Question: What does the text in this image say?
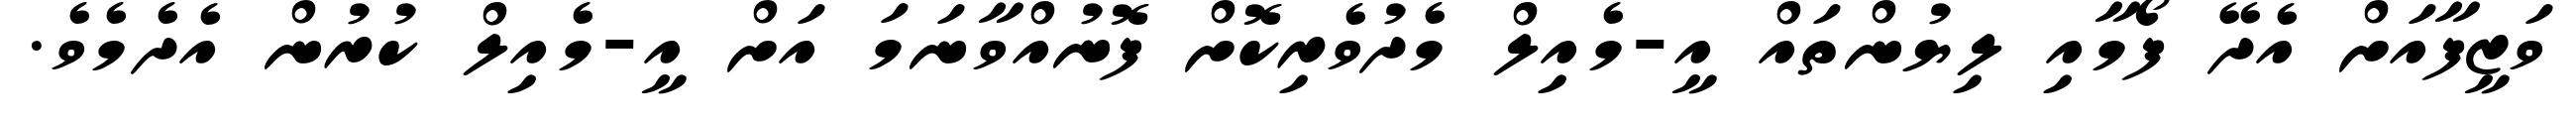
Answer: ވަޒީފާއަށް އެދޭ ފޯމާއި ލިޔުންތައް އީ-މެއިލް މެދުވެރިކޮށް ފޮނުއްވާނަމަ އަށް އީ-މެއިލް ކުރުން އެދެމެވެ.